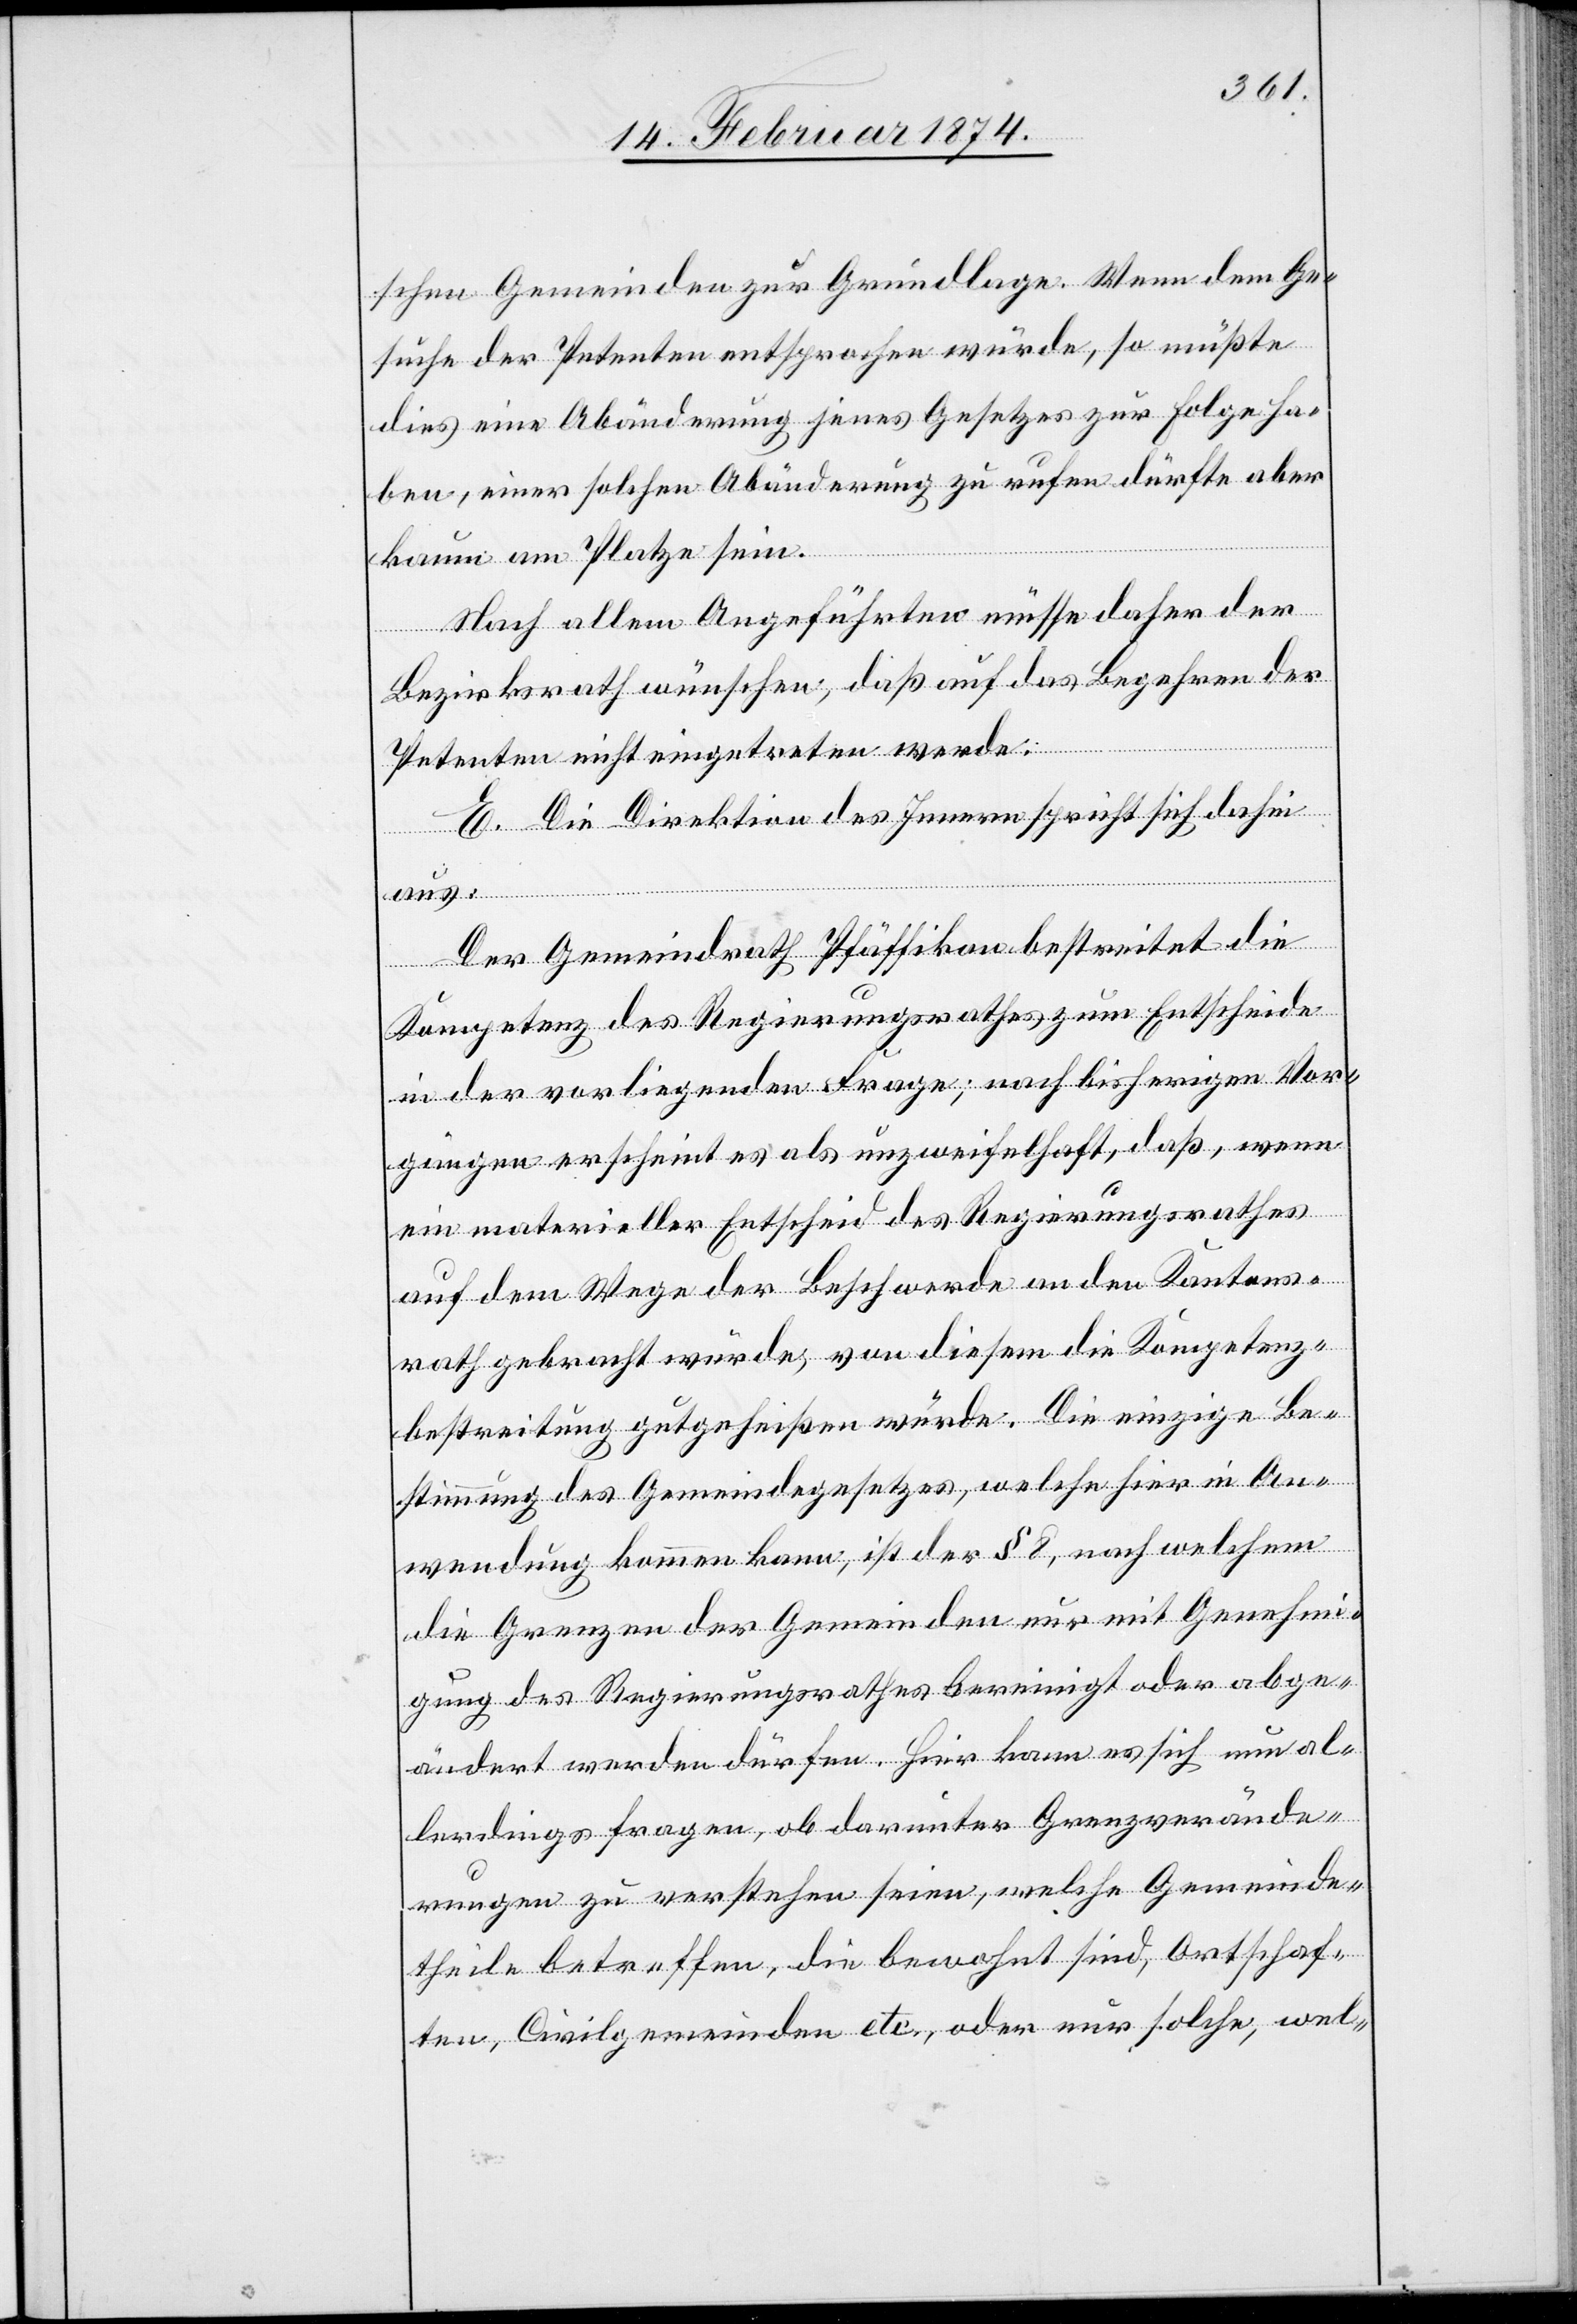
schen Gemeinden zur Grundlage. Wenn dem Ge¬
suche der Petenten entsprochen würde, so müßte
dies eine Abänderung jenes Gesetzes zur Folge ha¬
ben, einer solchen Abänderung zu rufen dürfte aber
kaum am Platze sein.
Nach allem Angeführten müsse daher der
Bezirksrath wünschen, daß auf das Begehren der
Petenten nicht eingetreten wird.
E. Die Direktion des Innern spricht sich dahin
aus:
Der Gemeindrath Pfäffikon bestreitet die
Kompetenz des Regierungsrathes zum Entscheide
in der vorliegenden Frage; nach bisherigen Vor¬
gängen erscheint es als unzweifelhaft, daß, wenn
ein materieller Entscheid des Regierungsrathes
auf dem Wege der Beschwerde an den Kantons¬
rath gebracht würde, von diesem die Kompetenz¬
bestreitung gutgeheißen würde. Die einzige Be¬
stimmung des Gemeindgesetzes, welche hier in An¬
wendung kommen kann, ist der § 8, nach welchem
die Grenzen der Gemeinden nur mit Genehmi¬
gung des Regierungsrathes bereinigt oder abge¬
ändert werden dürfen. Hier kann es sich nun al¬
lerdings fragen, ob darunter Grenzverände¬
rungen zu verstehen seien, welche Gemeinde¬
theile betreffen, die bewahrt sind, Ortschaf¬
ten, Civilgemeinden etc., oder nur solche, wel-